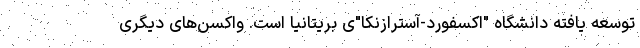
توسعه یافته دانشگاه "اکسفورد-آسترازنکا"ی بریتانیا است. واکسن‌های دیگری